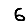
Digit: 6